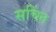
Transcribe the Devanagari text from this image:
सचिंत